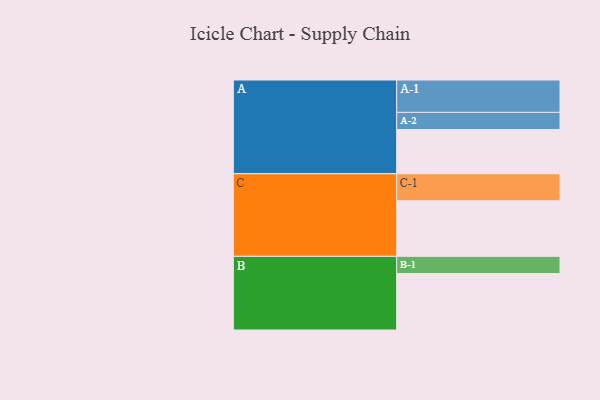
{"axis": {"x": "Segment", "y": "Value"}, "legend": ["", "A", "B", "C"], "data": [{"x": "A", "y": 396, "type": ""}, {"x": "B", "y": 506, "type": ""}, {"x": "C", "y": 498, "type": ""}, {"x": "A-1", "y": 290, "type": "A"}, {"x": "A-2", "y": 154, "type": "A"}, {"x": "B-1", "y": 154, "type": "B"}, {"x": "C-1", "y": 242, "type": "C"}]}